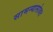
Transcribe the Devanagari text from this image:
सामन्यासोबत